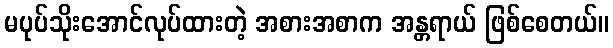
မပုပ်သိုးအောင်လုပ်ထားတဲ့ အစားအစာက အန္တရာယ် ဖြစ်စေတယ်။